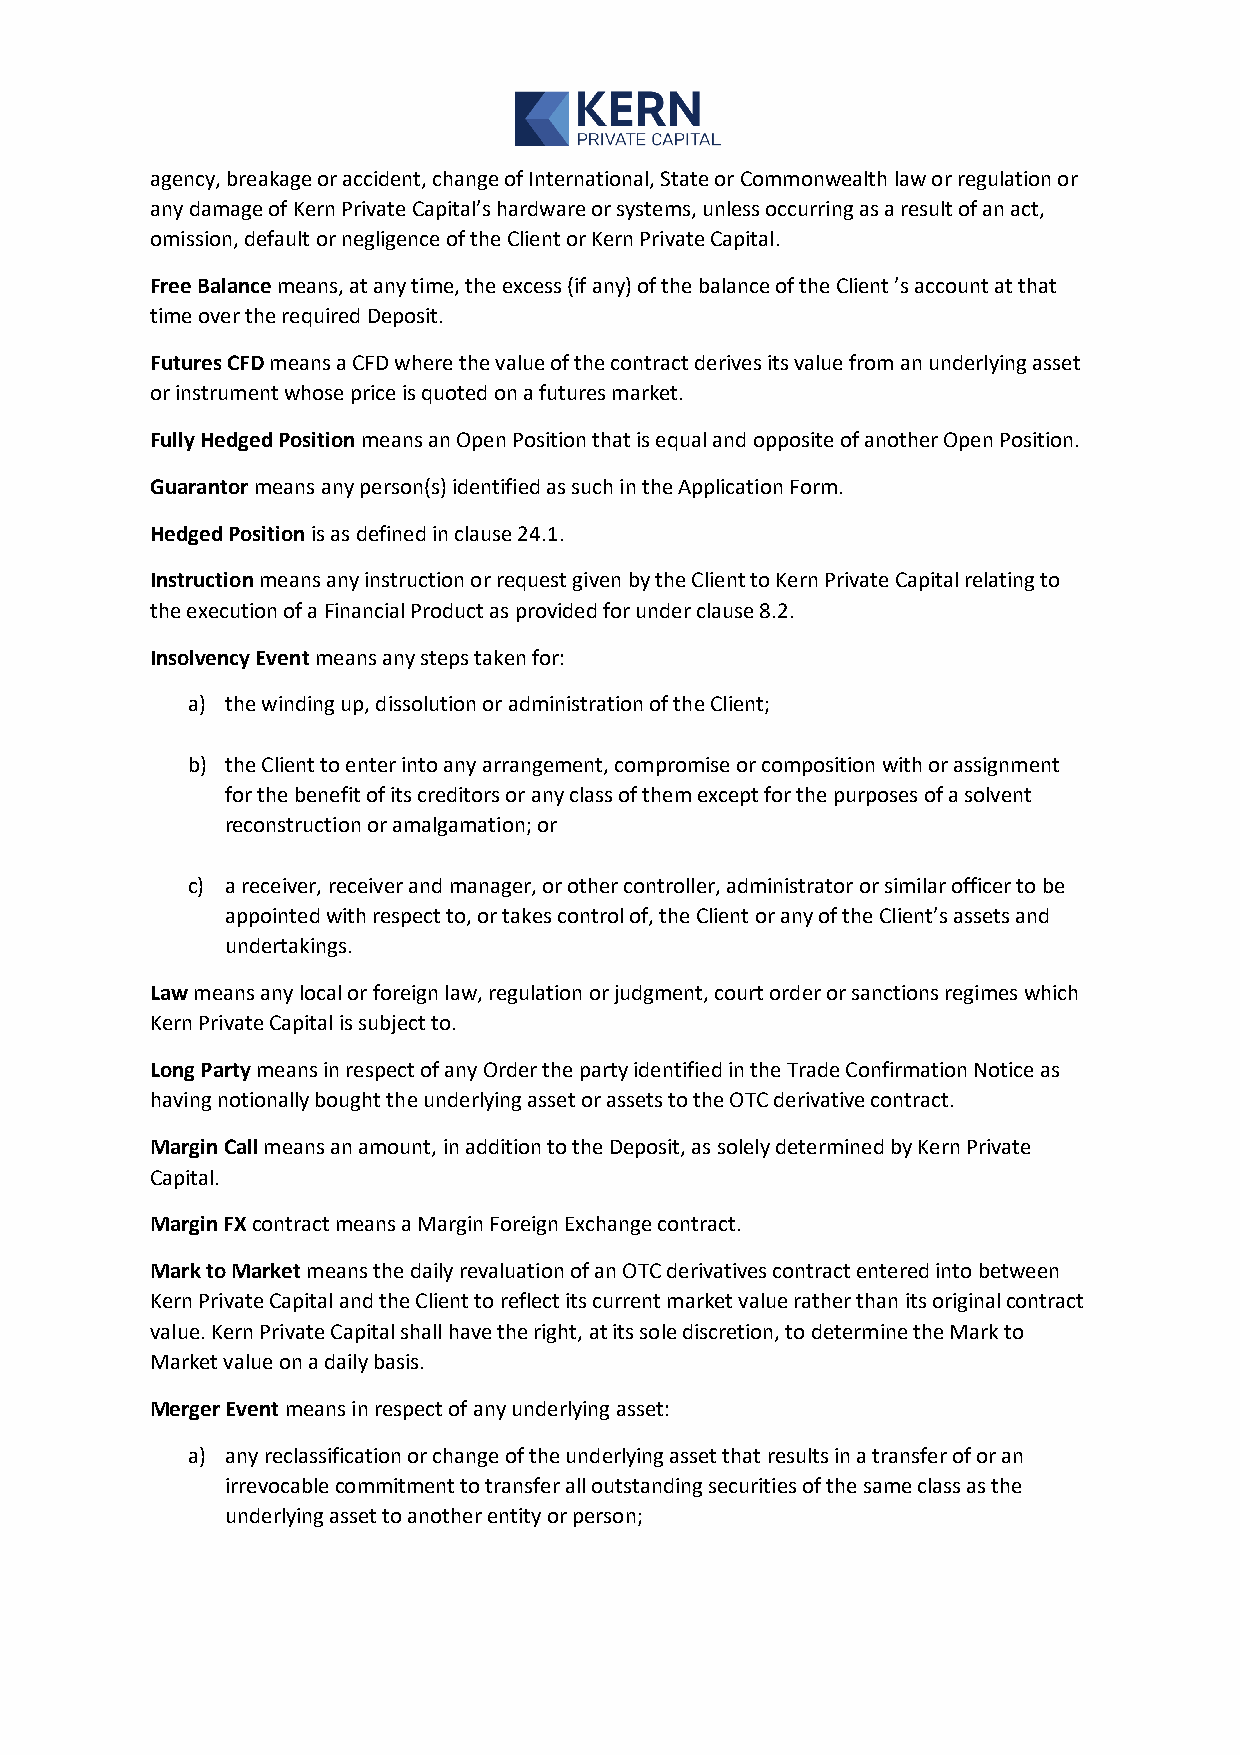
agency, breakage or accident, change of International, State or Commonwealth law or regulation or
 any damage of Kern Private Capital’s hardware or systems, unless occurring as a result of an act,
 omission, default or negligence of the Client or Kern Private Capital.
 Free Balance means, at any time, the excess (if any) of the balance of the Client ’s account at that
 time over the required Deposit.
 Futures CFD means a CFD where the value of the contract derives its value from an underlying asset
 or instrument whose price is quoted on a futures market.
 Fully Hedged Position means an Open Position that is equal and opposite of another Open Position.
 Guarantor means any person(s) identified as such in the Application Form.
 Hedged Position is as defined in clause 24.1.
 Instruction means any instruction or request given by the Client to Kern Private Capital relating to
 the execution of a Financial Product as provided for under clause 8.2.
 Insolvency Event means any steps taken for:
 a) the winding up, dissolution or administration of the Client;
 b) the Client to enter into any arrangement, compromise or composition with or assignment
 for the benefit of its creditors or any class of them except for the purposes of a solvent
 reconstruction or amalgamation; or
 c) a receiver, receiver and manager, or other controller, administrator or similar officer to be
 appointed with respect to, or takes control of, the Client or any of the Client’s assets and
 undertakings.
 Law means any local or foreign law, regulation or judgment, court order or sanctions regimes which
 Kern Private Capital is subject to.
 Long Party means in respect of any Order the party identified in the Trade Confirmation Notice as
 having notionally bought the underlying asset or assets to the OTC derivative contract.
 Margin Call means an amount, in addition to the Deposit, as solely determined by Kern Private
 Capital.
 Margin FX contract means a Margin Foreign Exchange contract.
 Mark to Market means the daily revaluation of an OTC derivatives contract entered into between
 Kern Private Capital and the Client to reflect its current market value rather than its original contract
 value. Kern Private Capital shall have the right, at its sole discretion, to determine the Mark to
 Market value on a daily basis.
 Merger Event means in respect of any underlying asset:
 a) any reclassification or change of the underlying asset that results in a transfer of or an
 irrevocable commitment to transfer all outstanding securities of the same class as the
 underlying asset to another entity or person;